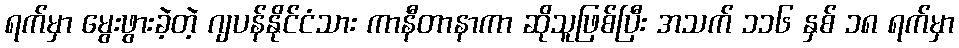
ရက်မှာ မွေးဖွားခဲ့တဲ့ ဂျပန်နိုင်ငံသား ကာနီတာနာကာ ဆိုသူဖြစ်ပြီး အသက် ၁၁၆ နှစ် ၁၈ ရက်မှာ